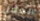
العمل